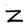
Character: Z